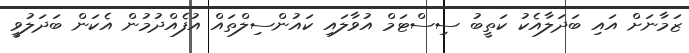
ޒަމާނަށް އައި ބަދަލާއެކު ކަތީބު ސިސްޓަމް އުވާލައި ކައުންސިލްތައް އުފެއްދުމުން އެކަން ބަދަލުވީ